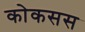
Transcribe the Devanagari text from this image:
कोकसस